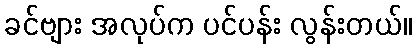
ခင်ဗျား အလုပ်က ပင်ပန်း လွန်းတယ်။